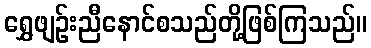
ရွှေဖျဉ်းညီနောင်စသည်တို့ဖြစ်ကြသည်။